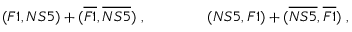
( F 1 , N S 5 ) + ( \overline { { { F 1 } } } , \overline { { { N S 5 } } } ) \; , \qquad \qquad ( N S 5 , F 1 ) + ( \overline { { { N S 5 } } } , \overline { { { F 1 } } } ) \; ,